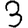
Digit: 3